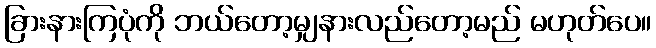
ခြားနားကြပုံကို ဘယ်တော့မျှနားလည်တော့မည် မဟုတ်ပေ။